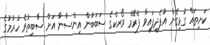
ކަށިތައް ގުޅިގެން އުފެދިފައިވާ ފްރޭމް ވޯރކްގެ ސަބަބުން އިންސާނާ އަށް ސާބިތުވެ ހުރުމުގެ